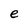
Character: e